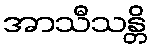
အာသီသန္တိ